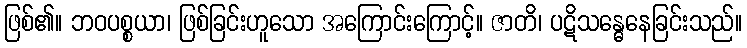
ဖြစ်၏။ ဘဝပစ္စယာ၊ ဖြစ်ခြင်းဟူသော အကြောင်းကြောင့်။ ဇာတိ၊ ပဋိသန္ဓေနေခြင်းသည်။